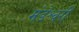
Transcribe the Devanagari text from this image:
मंडेश्वरी